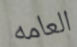
العامه